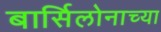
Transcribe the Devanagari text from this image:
बार्सिलोनाच्या